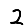
Digit: 2